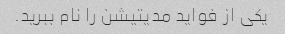
یکی از فواید مدیتیشن را نام ببرید.